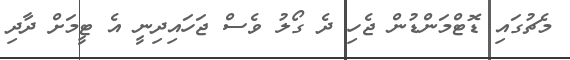
މެޗުގައި ޑޮޓްމަންޑުން ޖެހި ދެ ގޯލު ވެސް ޖަހައިދިނީ އެ ޓީމަށް ދާދި